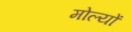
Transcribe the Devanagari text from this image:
मोल्यों